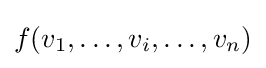
f(v_{1},\ldots ,v_{i},\ldots ,v_{n})